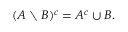
( A \setminus B ) ^ { c } = A ^ { c } \cup B .